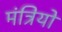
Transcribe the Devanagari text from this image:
मंत्रियो